Civil Veterinary Dept. North-West Frontier Province 1923-32 - 1923-1932
Year: 1923
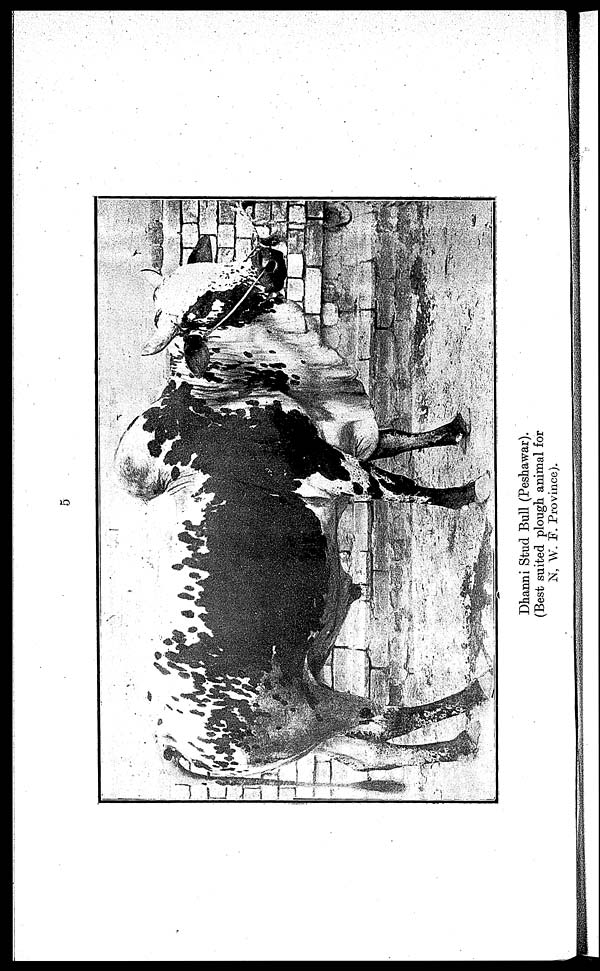
Dhanni Stud Bull (Peshawar).
(Best suited plough animal for
N, W. F. Province).